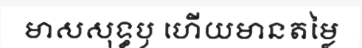
មាសសុទ្ធឫ ហើយមានតម្លៃ